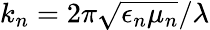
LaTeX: k_{n}=2\pi\sqrt{\epsilon_{n}\mu_{n}}/\lambda